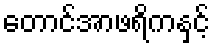
တောင်အာဖရိကနှင့်